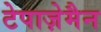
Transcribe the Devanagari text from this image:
टेपाज़ेमैन